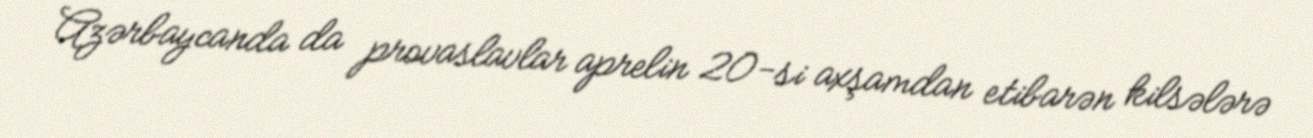
Azərbaycanda da provaslavlar aprelin 20-si axşamdan etibarən kilsələrə